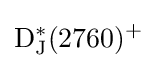
{\rm {D_{J}^{*}(2760)^{+}}}